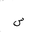
Letter: _sin